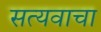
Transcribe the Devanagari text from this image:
सत्यवाचा